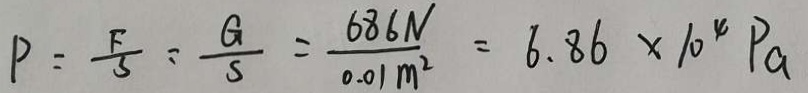
P = \frac { F } { S } = \frac { G } { S } = \frac { 6 8 6 N } { 0 . 0 1 m ^ { 2 } } = 6 . 8 6 \times 1 0 ^ { 4 } P a